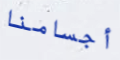
أجسامنا